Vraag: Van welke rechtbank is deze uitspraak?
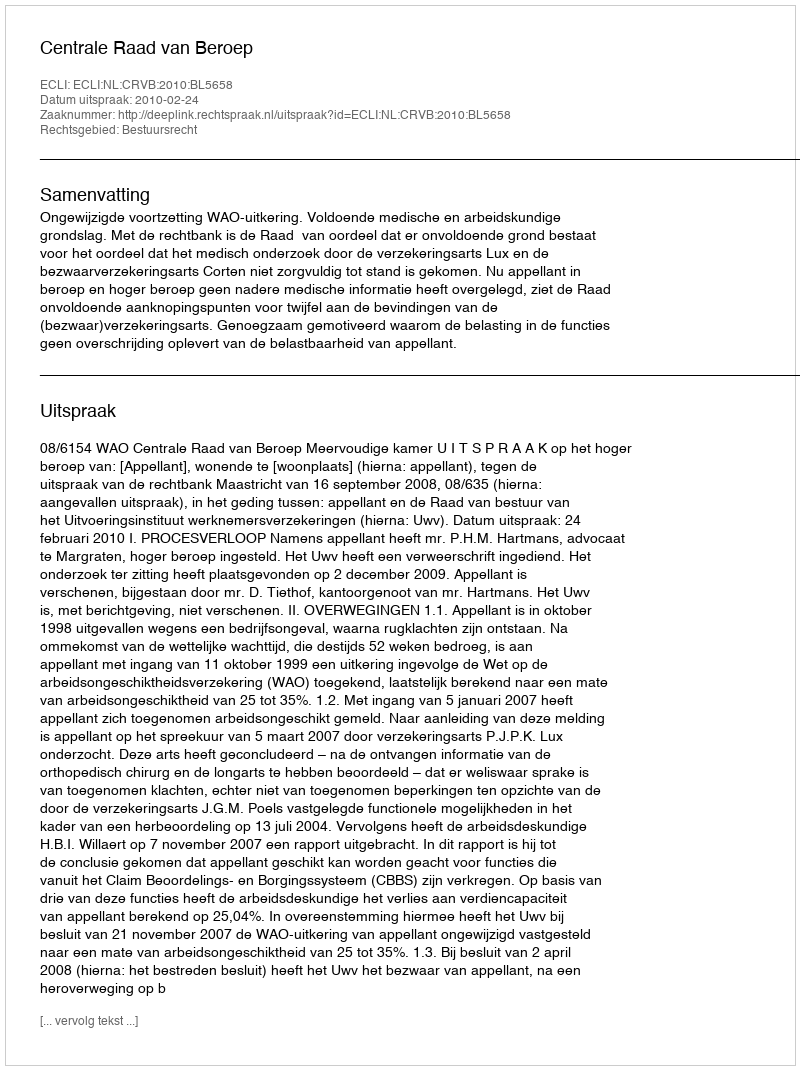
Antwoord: Centrale Raad van Beroep